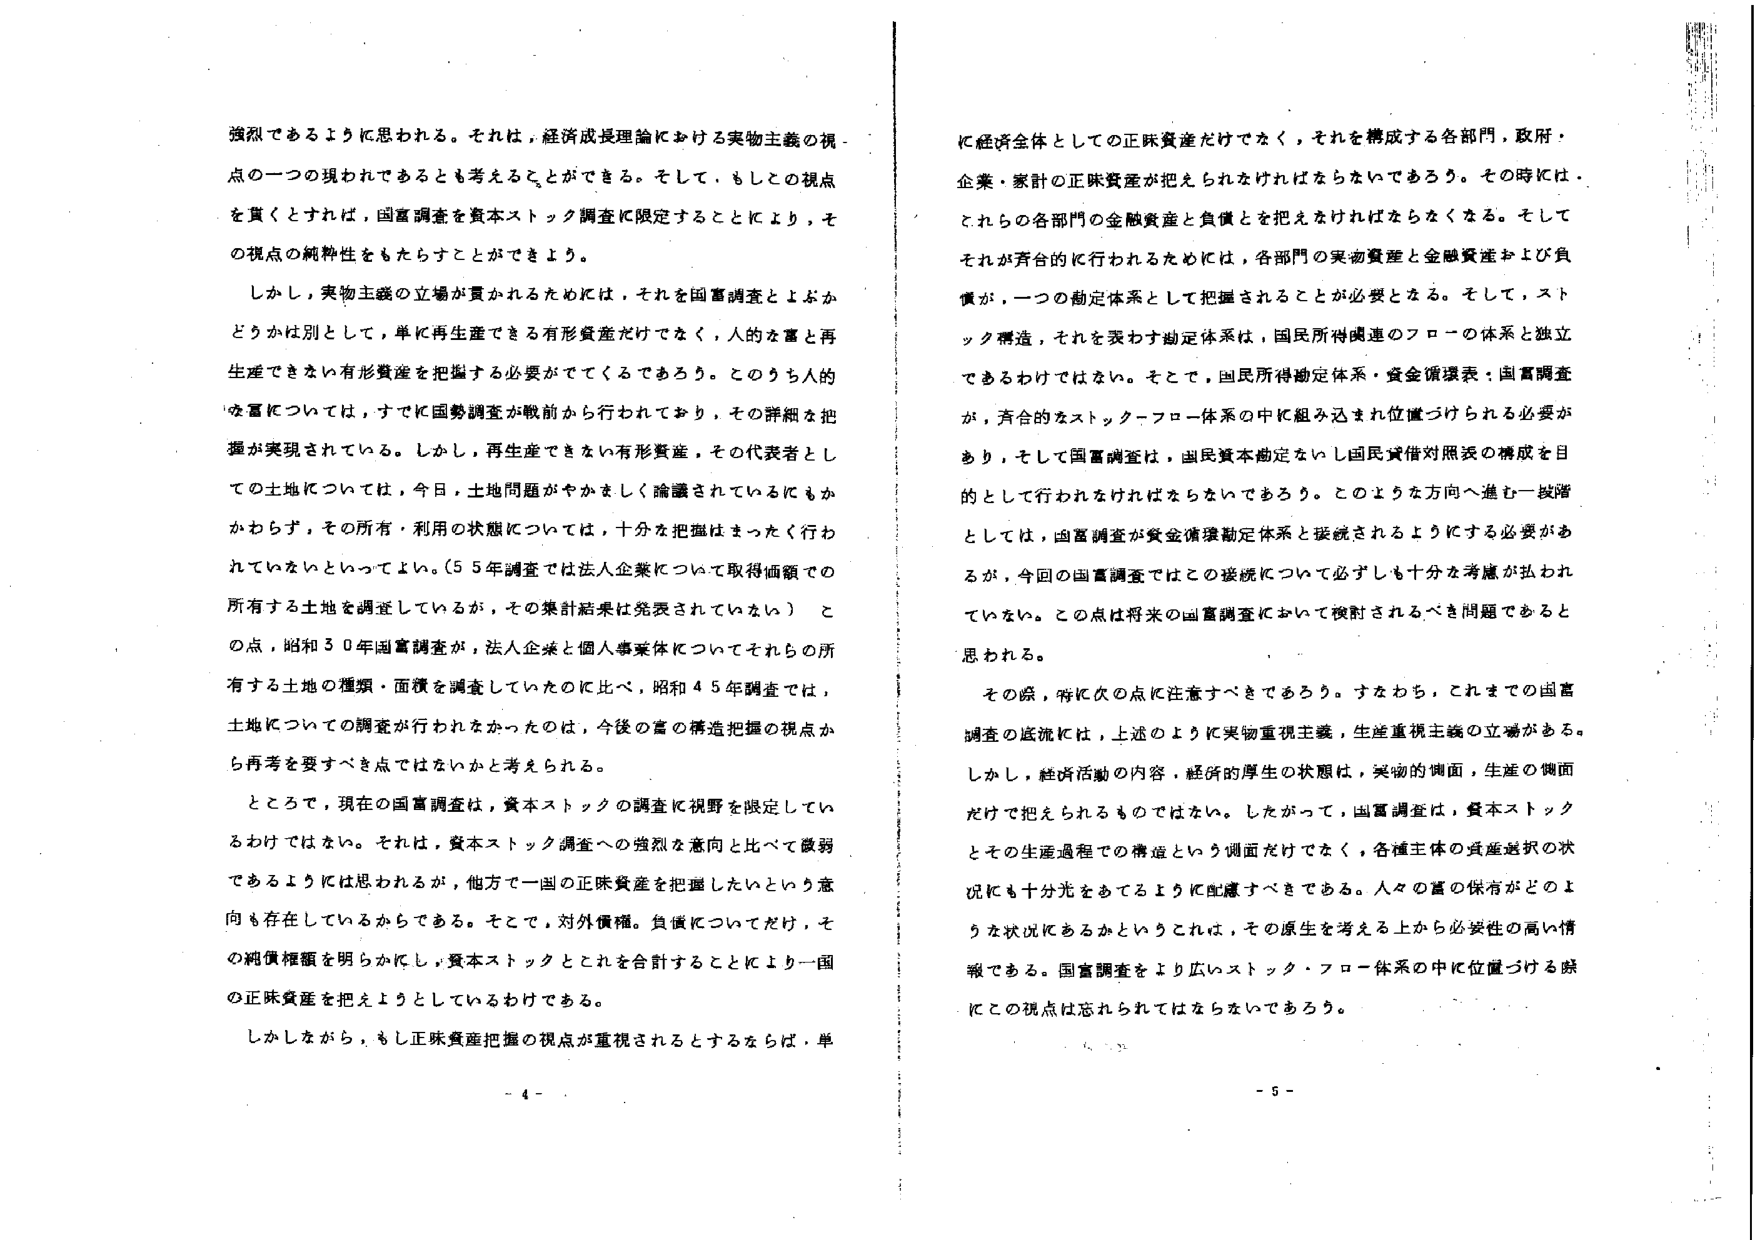
強烈であるように思われる。それは、経済成長理論における実物主義の視点の一つの現われであるとも考えることができる。そして、もしその視点を貫くとすれば、国富調査を資本ストック調査に限定することにより、その視点の純粋性をもたらすことができるよう。

しかし、実物主義の立場が貫かれるためには、それを国富調査とよぶかどうかは別として、単に再生産できる有形資産だけでなく、人的な富と再生産できない有形資産を把握する必要がでてくるであろう。このうち人的な富については、すでに国勢調査が戦前から行われており、その詳細な把握が実現されている。しかし、再生産できない有形資産、その代表者としての土地については、今日、土地問題がやかましく論議されているにもかかわらず、その所有・利用の状態については、十分な把握はまったく行われていないといってよい。（55年調査では法人企業について取得価額での所有する土地を調査しているが、その集計結果は発表されていない）この点、昭和30年国富調査が、法人企業と個人事業体についてそれらの所有する土地の種類・面積を調査していたのに比べ、昭和45年調査では、土地についての調査が行われなかったのは、今後の富の構造把握の視点から再考を要すべき点ではないかと考えられる。

ところで、現在の国富調査は、資本ストックの調査に視野を限定しているわけではない。それは、資本ストック調査への強烈な意向と比べて微弱であるようには思われるが、他方で一国の正味資産を把握したいという意向も存在しているからである。そこで、対外債権、負債についてだけ、その純債権額を明らかにし、資本ストックとこれを合計することにより一国の正味資産を捉えようとしているわけである。

しかしながら、もし正味資産把握の視点が重視されるとするならば、単

に経済全体としての正味資産だけでなく、それを構成する各部門、政府・企業・家計の正味資産が捉えられなければならないであろう。その時には、それらの各部門の金融資産と負債とを捉えなければならないとなる。そしてそれが整合的に行われるためには、各部門の実物資産と金融資産および負債が、一つの勘定体系として把握されることが必要となる。そして、ストック構造、それを表わす勘定体系は、国民所得関連のフローの体系と独立であるわけではない。そこで、国民所得勘定体系・資金循環表・国富調査が、整合的なストック・フロー体系の中に組み込まれ位置づけられる必要があり、そして国富調査は、国民資本勘定ないし国民貸借対照表の構成を目的として行われなければならないであろう。このような方向へ進む一段階としては、国富調査が資金循環勘定体系と接続されるようにする必要があるが、今回の国富調査ではこの接続について必ずしも十分な考慮が払われていない。この点は将来の国富調査において検討されるべき問題であると思われる。

その際、特に次の点に注意すべきであろう。すなわち、これまでの国富調査の底流には、上述のように実物重視主義、生産重視主義の立場がある。しかし、経済活動の内容、経済的厚生の状態は、実物の側面、生産の側面だけで捉えられるものではない。したがって、国富調査は、資本ストックとその生産過程での構造という側面だけでなく、各種主体の資産選択の状況にも十分光をあてるように配慮すべきである。人々の富の保有がどのような状況にあるかということは、その厚生を考える上から必要性の高い情報である。国富調査をより広いストック・フロー体系の中に位置づける際にこの視点は忘れられてはならないであろう。

- 4 -
- 5 -